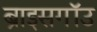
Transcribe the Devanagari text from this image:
ब्राइसगॉउ